Report of the Indian Hemp Drugs Commission, 1894-1895 - Volume VI
Year: 1894
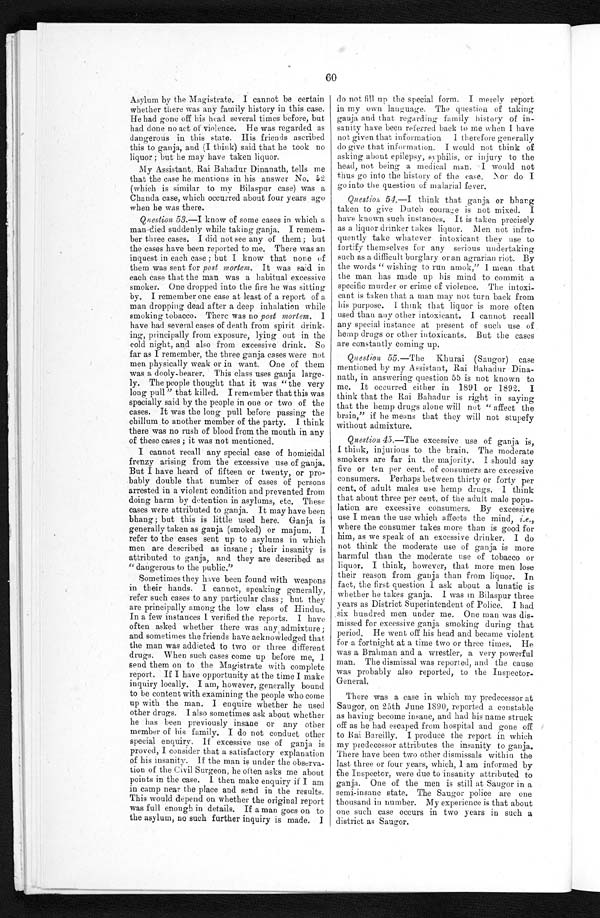
60
Asylum by the Magistrate. I cannot be certain
whether there was any family history in this case.
He had gone off his head several times before, but
had done no act of violence. He was regarded as
dangerous in this state. His friends ascribed
this to ganja, and (I think) said that he took no
liquor ; but he may have taken liquor.
My Assistant ; Rai Bahadur Dinanath, tells me
that the case he mentions in his answer No. 52
(which is similar to my Bilaspur case) was a
Chanda case, which occurred about four years ago
when he was there.
Question 53.—I know of some cases in which a
man died suddenly while taking ganja. I remem-
ber three cases. I did not see any of them; but
the cases have been reported to me. There was an
inquest in each case ; but I know that none of
them was sent for post mortem. It was said in
each case that the man was a habitual excessive
smoker. One dropped into the fire he was sitting
by. I remember one case at least of a report of a
man dropping dead after a deep inhalation while
smoking tobacco. There was no post mortem. I
have had several cases of death from spirit drink-
ing, principally from exposure, lying out in the
cold night, and also from excessive drink. So
far as I remember, the three ganja cases were not
men physically weak or in want. One of them
was a dooly-bearer. This class uses ganja large-
ly. The people thought that it was " the very
long pull " that killed. I remember that this was
specially said by the people in one or two of the
cases. It was the long pull before passing the
chillum to another member of the party. I think
there was no rush of blood from the mouth in any
of these cases ;itwas not mentioned_
I cannot recall any special case of homicidal
frenzy arising from the excessive use of ganja.
But I have heard of fifteen or twenty, or pro-
bably double that number of cases of persons
arrested in a violent condition and prevented from
doing harm by detention in asylums, etc. These
cases were attributed to ganja. It may have been
bhang; but this is little used here. Ganja is
generally taken as ganja (smoked) or majum.
refer to the cases sent up to asylums in which
men are described as insane ; their insanity is
attributed to ganja, and they are described as
"dangerous to the public,"
Sometimes they have been found with weapons
in their hands. I cannot, speaking generally,
refer such cases to any particular class ; but they
are principally among the low class of Hindus.
In a few instances I verified the reports. I have
often asked whether there was any admixture;
and sometimes the friends have acknowledged that
the man was addicted to two or three different
drugs. When such cases come up before me, I
send them on to the Magistrate with complete
report. If I have opportunity at the time I make
inquiry locally. I am, however, generally bound
to be content with examining the people who come
up with the man. I enquire whether he used
other drugs. I also sometimes ask about whether
he has been previously insane or any other
member of his family. I do not conduct other
special enquiry. If excessive use of ganja is
proved, I consider that a satisfactory explanation
of his insanity. If the man is under the observa-
tion of the civil Surgeon, he often asks me about
points in the case. I then make enquiry if I am
in camp near the place and send in the results.
This would depend on whether the original report
was full enough in details. If a man goes on to
the asylum, no such further inquiry is made. I
do not fill up the special form. I merely report
in my own language. The question of taking
ganja and that regarding family history of in-
sanity have been referred back to me when I have
not given that information I therefore generally
do give that information. I would not think of
asking about epilepsy, syphilis, or injury to the
head, not being a medical man. I would not
thus go into the history of the ease. Nor do I
go into the question of malarial fever.
Question 54.—I think that ganja or bhang
taken to give Dutch courage is not mixed. I
have known such instances. It is taken precisely
as a liquor drinker takes liquor. Men not infre-
quently take whatever intoxicant they use to
fortify themselves for any serious undertaking
such as a difficult burglary or an agrarian riot. By
the words " wishing to run amok," I mean that
the man has made up his mind to commit a
specific murder or crime of violence. The intoxi-
cant is taken that a man may not turn back from
hi s purpose. I t hi nk t hat l i quor i s more oft en
used than any other intoxicant. I cannot recall
any special instance at present of such use of
hemp drugs or other intoxicants. But the cases
are constantly coming up.
Question 55.—The Khurai (Saugor) case
mentioned by my Assistant, Rai Bahadur
D i n a - n a t h , i n a n s w e r i n g q u e s t i o n 5 5 i s n o t k n o w nt
o
me. It occurred either in 1891 or 1892. I
think that the Rai Bahadur is right in saying
that the hemp drugs alone will not " affect the
brain," if he means that they will not stupefy
without admixture.
Question 45-The excessive use of ganja is,
I think, injurious to the brain. The moderate
smokers are far in the majority. I should say
five or ten per cent, of consumers are excessive
consumers. Perhaps between thirty or forty per
cent, of adult males use hemp drugs. I think
that about three per cent. of the adult male popu-
lation are excessive consumers. By excessive
use I mean the use which affects the mind, i.e.,
where the consumer takes more than is good for
him, as we speak of an excessive drinker. I do
not think the moderate use of ganja is more
harmful than the moderate use of tobacco or
liquor. I think, however, that more men lose
their reason from ganja than from liquor. In
fact, the first question I ask about a lunatic is
whether he takes ganja. I was in Bilaspur three
years as District Superintendent of Police. I had
six hundred men under me. One man was dis
missed for excessive ganja smoking during that
period. He went off his head and became violent
for a fortnight at a time two or three times. He
was a Brahman and a wrestler, a very powerful
man. The dismissal was reported, and the cause
was probably also reported, to the Inspector
General.
There was a case in which my predecessor at
Saugor, on 25th June 1890, reported a constable
as having become insane, and had his name struck
off as he had escaped from hospital and gone off
to Rai Bareilly, I produce the report in which
my predecessor attributes the insanity to ganja.
There have been two other dismissals within the
last three or four years, which, I am informed by
the Inspector, were due to insanity attributed to
ganja. One of the men is still at Saugor in a
semi-insane state. The Saugor police are one
thousand in number. My experience is that about
one such case occurs in two years in such a
district as Saugor.